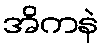
အိကနဲ